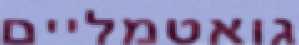
גואטמליים